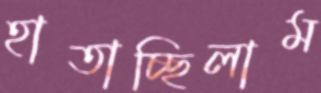
হাতাচ্ছিলাম